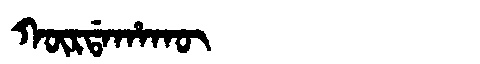
Manchu: ᡴᡡᡵᡩᠠᡥᠠᡴᡡ
Romanization: KŪRDAHAKŪ